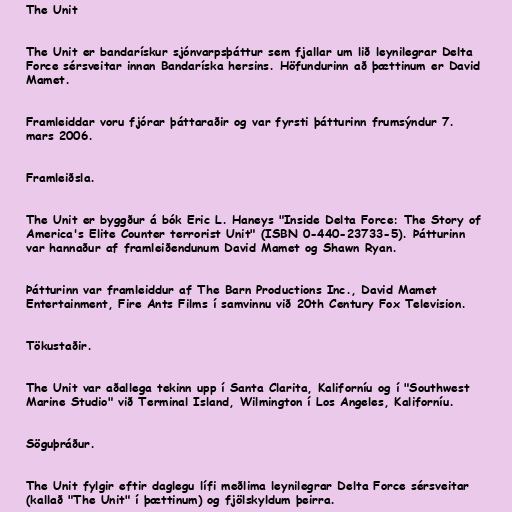
The Unit

The Unit er bandarískur sjónvarpsþáttur sem fjallar um lið leynilegrar Delta
Force sérsveitar innan Bandaríska hersins. Höfundurinn að þættinum er David
Mamet.

Framleiddar voru fjórar þáttaraðir og var fyrsti þátturinn frumsýndur 7.
mars 2006.

Framleiðsla.

The Unit er byggður á bók Eric L. Haneys "Inside Delta Force: The Story of
America's Elite Counter terrorist Unit" (ISBN 0-440-23733-5). Þátturinn
var hannaður af framleiðendunum David Mamet og Shawn Ryan.

Þátturinn var framleiddur af The Barn Productions Inc., David Mamet
Entertainment, Fire Ants Films í samvinnu við 20th Century Fox Television.

Tökustaðir.

The Unit var aðallega tekinn upp í Santa Clarita, Kaliforníu og í "Southwest
Marine Studio" við Terminal Island, Wilmington í Los Angeles, Kaliforníu.

Söguþráður.

The Unit fylgir eftir daglegu lífi meðlima leynilegrar Delta Force sérsveitar
(kallað "The Unit" í þættinum) og fjölskyldum þeirra.